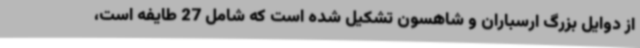
از دوایل بزرگ ارسباران و شاهسون تشکیل شده است که شامل 27 طایفه است،